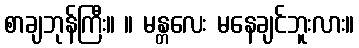
စာချဘုန်ကြီး။ ။ မန္တလေး မနေချင်ဘူးလား။